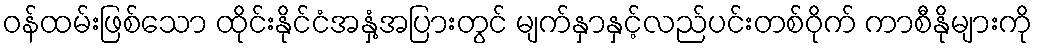
ဝန်ထမ်းဖြစ်သော ထိုင်းနိုင်ငံအနှံ့အပြားတွင် မျက်နှာနှင့်လည်ပင်းတစ်ဝိုက် ကာစီနိုများကို